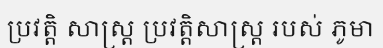
ប្រវត្តិ សាស្ត្រ ប្រវត្តិសាស្ត្រ របស់ ភូមា